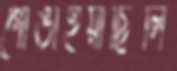
গোঙাইয়াছিলি